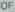
OF